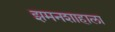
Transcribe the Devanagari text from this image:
झमनशाहाला